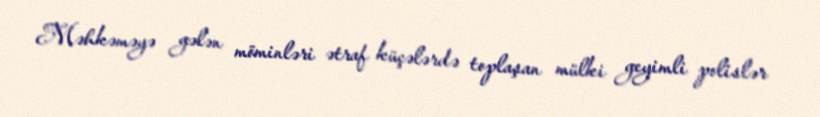
Məhkəməyə gələn möminləri ətraf küçələrdə toplaşan mülki geyimli polislər